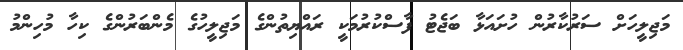
މަޖިލީހަށް ސަރުކާރުން ހުށައަޅާ ބަޖެޓު ފާސްކުުރުމަކީ ރައްޔިތުންގެ މަޖިލީހުގެ މެންބަރުންގެ ކިހާ މުހިންމު